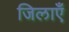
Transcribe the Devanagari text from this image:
जिलाएँ